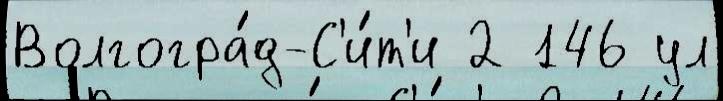
Волгогра́д-С'и́т'и 2 146 ул